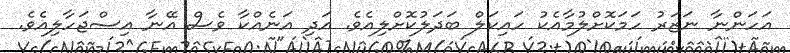
އަހަންނާ ނަޒަރު ހަމަކޮށްލުމާއެކު ހައިކަލް ބަދަލުކޮށްލިއެވެ. އަދި އަނެއްކާ ވެސް އޭނާ އިސްޖަހާލިއެވެ.